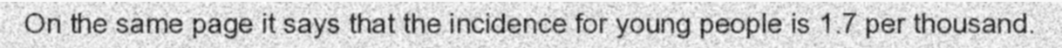
On the same page it says that the incidence for young people is 1.7 per thousand.